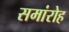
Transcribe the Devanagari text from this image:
समांरोह